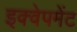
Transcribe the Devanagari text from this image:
इक्वेपमेंट